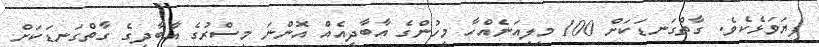
ފިޔަވަޅެކެވެ. ގާތްގަނޑަކަށް 100 މިލިއަނެއްހާ މީހުންގެ އާބާދީއެއް އޮންނަ މިސްރުގެ އާބާދީގެ ގާތްގަނޑަކަށް